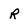
Character: r